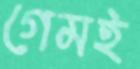
গেমই